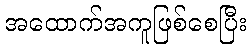
အထောက်အကူဖြစ်စေပြီး